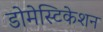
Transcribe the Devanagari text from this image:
डोमेस्टिकेशन